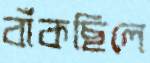
বাঁকছিলে